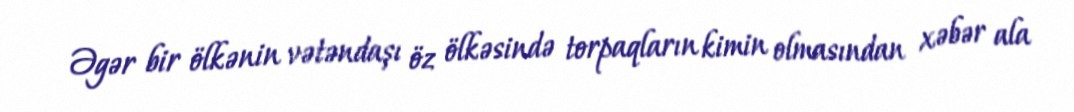
Əgər bir ölkənin vətəndaşı öz ölkəsində torpaqların kimin olmasından xəbər ala